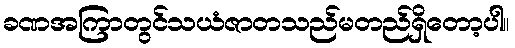
ခဏအကြာတွင်သယံဇာတသည်မတည်ရှိတော့ပါ။